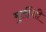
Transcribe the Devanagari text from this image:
मुलींशी